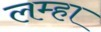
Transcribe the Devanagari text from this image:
लम्हा